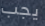
يجب